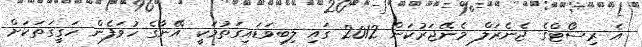
އެ ރިސޯޓްގެ ޖެނެރަލް މެނޭޖަރުކަން 2012 ގައި ލިބިވަޑައިގަތުމަކީ އޭނާގެ ހުވަފެން ހަގީގަތަކަށް